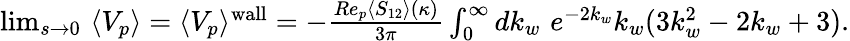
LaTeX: \begin{array}{r}{\operatorname*{lim}_{s\to 0}\, \, \langle V_{p}\rangle=\langle V_{p}\rangle^{\mathrm{wall}}=-\frac{Re_{p}\langle S_{12}\rangle(\kappa)}{3\pi}\int_{0}^{\infty}dk_{w}\, \, e^{-2k_{w}}k_{w}(3k_{w}^{2}-2k_{w}+3).}\end{array}